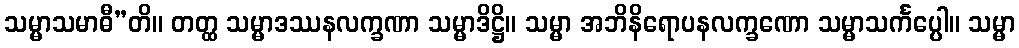
သမ္မာသမာဓီ”တိ။ တတ္ထ သမ္မာဒဿနလက္ခဏာ သမ္မာဒိဋ္ဌိ။ သမ္မာ အဘိနိရောပနလက္ခဏော သမ္မာသင်္ကပ္ပေါ။ သမ္မာ